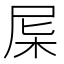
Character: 𣐉